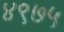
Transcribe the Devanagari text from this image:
४९७५